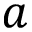
a